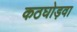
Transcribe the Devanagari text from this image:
कठघोड़वा